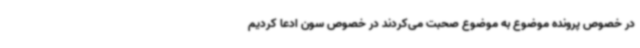
در خصوص پرونده موضوع به موضوع صحبت می‌کردند در خصوص سون ادعا کردیم